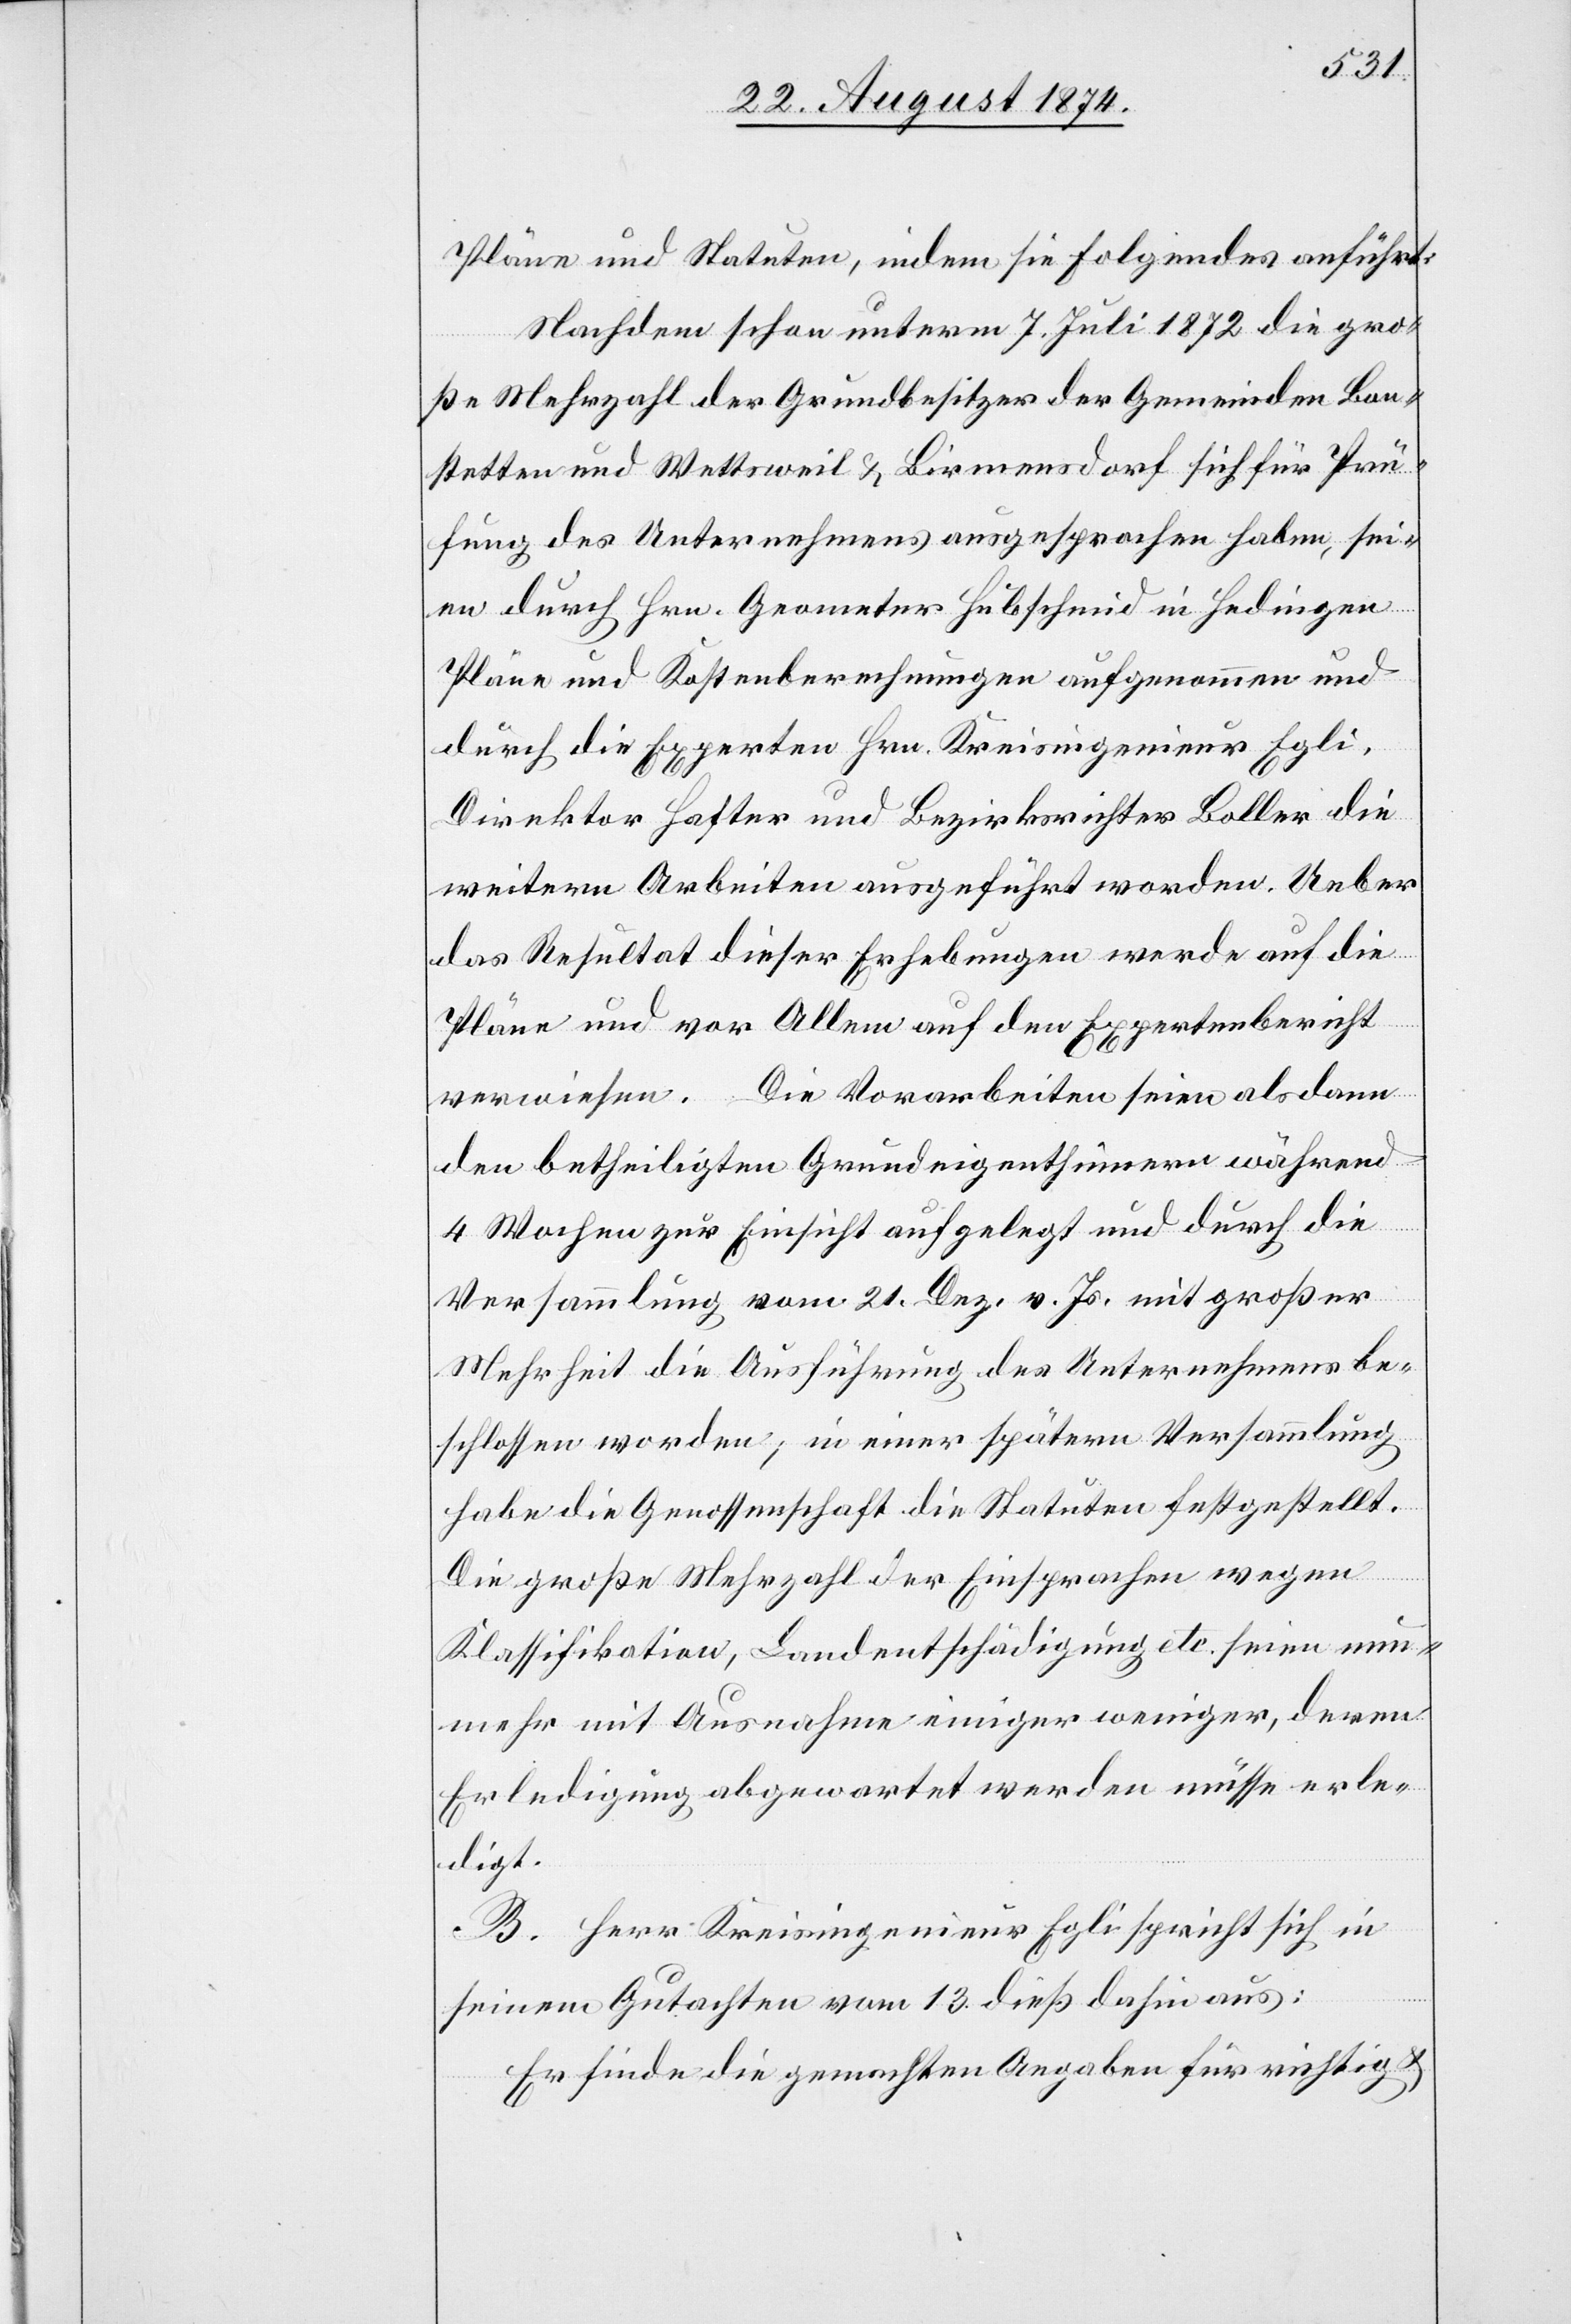
Pläne und Statuten, indem sie Folgendes anführt:
Nachdem schon unterm 7. Juli 1872 die gro¬
ße Mehrzahl der Grundbesitzer der Gemeinden Bon¬
stetten und Wettsweil u. Birmensdorf sich für Prü¬
fung des Unternehmens ausgesprochen haben, sei¬
en durch Hrn. Geometer Hubschmid in Hedingen
Pläne und Kostenberechnungen aufgenommen und
durch die Experten Hrn. Kreisingenieur Egli,
Direktor Hafter und Bezirksrichter Boller die
weitern Arbeiten ausgeführt worden. Ueber
das Resultat dieser Erhebungen werde auf die
Pläne und vor Allem auf den Expertenbericht
verwiesen. Die Vorarbeiten seien alsdann
den betheiligten Grundeigenthümern während
4 Wochen zur Einsicht aufgelegt und durch die
Versammlung vom 21. Dez. vor. Js. mit großer
Mehrheit die Ausführung des Unternehmens be¬
schlossen worden, in einer spätern Versammlung
habe die Genossenschaft die Statuten festgestellt.
Die große Mehrzahl der Einsprachen wegen
Klassifikation, Landentschädigung etc. seien nun¬
mehr mit Ausnahme einiger weniger, deren
Erledigung abgewartet werden müsse[,] erle¬
digt.
B. Herr Kreisingenieur Egli spricht sich in
seinem Gutachten vom 13. dieß dahin aus:
Er finde die gemachten Angaben für richtig u.